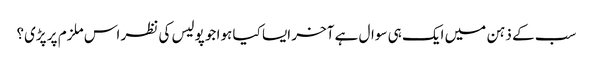
سب کے ذہن میں ایک ہی سوال ہے آخر ایسا کیا ہوا جو پولیس کی نظر اس ملزم پر پڑی؟